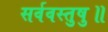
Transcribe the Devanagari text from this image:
सर्ववस्तुषु॥